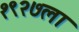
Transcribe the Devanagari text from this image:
१९२७ला